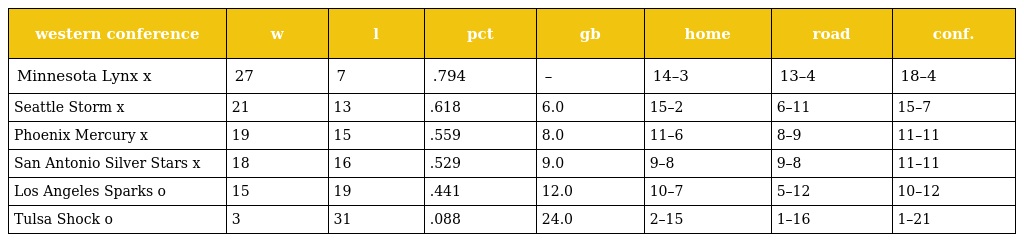
| western conference | w | l | pct | gb | home | road | conf. |
 | --- | --- | --- | --- | --- | --- | --- | --- |
 | Minnesota Lynx x | 27 | 7 | .794 | – | 14–3 | 13–4 | 18–4 |
 | Seattle Storm x | 21 | 13 | .618 | 6.0 | 15–2 | 6–11 | 15–7 |
 | Phoenix Mercury x | 19 | 15 | .559 | 8.0 | 11–6 | 8–9 | 11–11 |
 | San Antonio Silver Stars x | 18 | 16 | .529 | 9.0 | 9–8 | 9–8 | 11–11 |
 | Los Angeles Sparks o | 15 | 19 | .441 | 12.0 | 10–7 | 5–12 | 10–12 |
 | Tulsa Shock o | 3 | 31 | .088 | 24.0 | 2–15 | 1–16 | 1–21 |